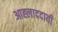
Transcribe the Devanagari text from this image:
आह्लाददायी